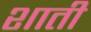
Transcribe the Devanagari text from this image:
शाती